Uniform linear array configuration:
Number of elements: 48
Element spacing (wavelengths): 1
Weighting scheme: kaiser
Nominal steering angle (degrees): -15
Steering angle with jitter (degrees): -15.318
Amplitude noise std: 0.05
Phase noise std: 0.05

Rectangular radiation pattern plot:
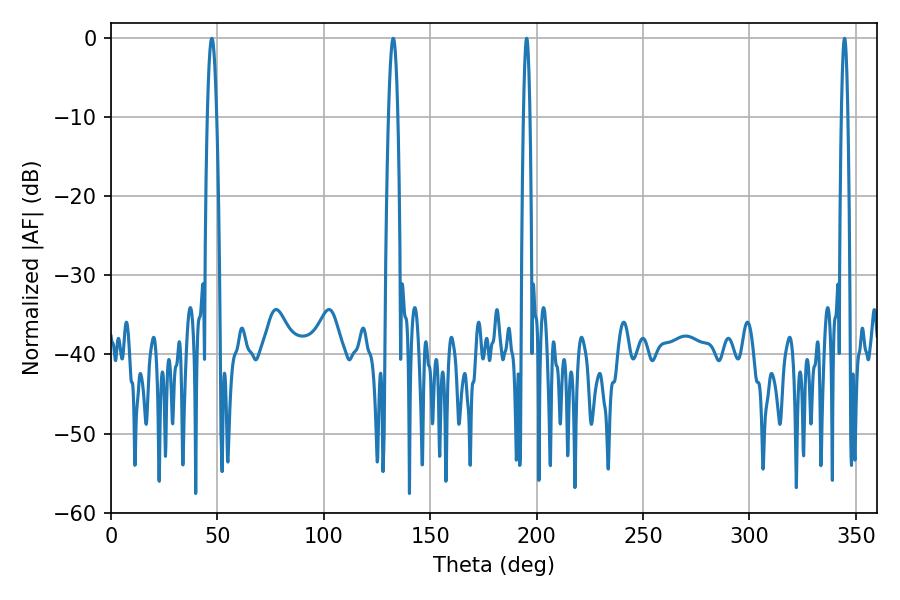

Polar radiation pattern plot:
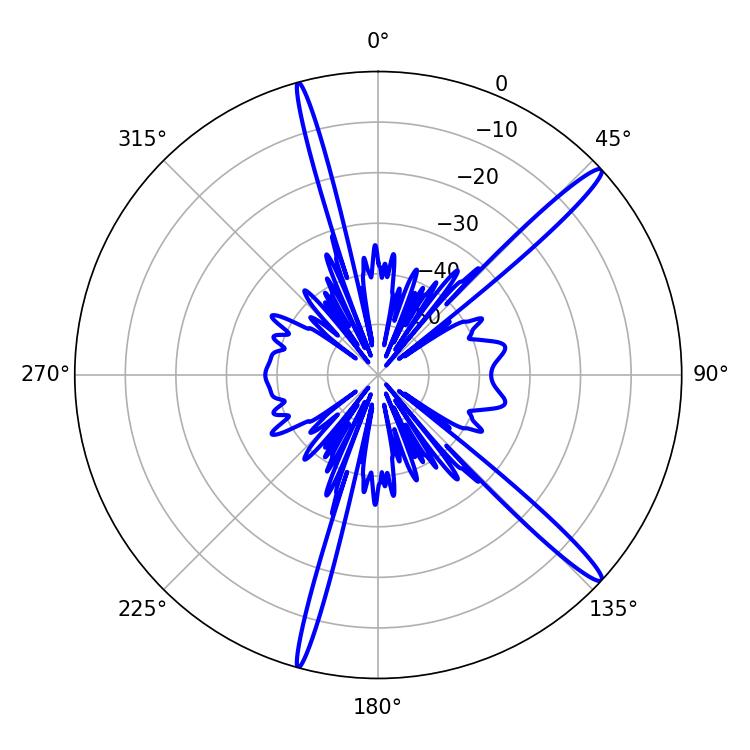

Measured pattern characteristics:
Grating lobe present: TRUE
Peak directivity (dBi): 15.941
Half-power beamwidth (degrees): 1.62
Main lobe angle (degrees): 195.3